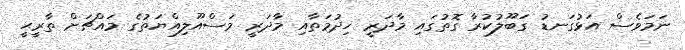
ނަމަވެސް އަޅުގަނޑު ގަބޫލުކުރާ ގޮތުގައި މާދަރީ ޚިދުމަތާއި މާދަރީ މަސްއޫލިއްޔަތުގެ މައްޗަށް ތާރީޙީ